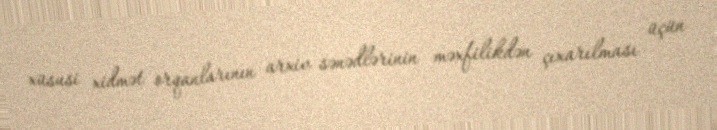
xüsusi xidmət orqanlarının arxiv sənədlərinin məxfilikdən çıxarılması üçün